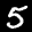
Label: 5